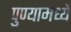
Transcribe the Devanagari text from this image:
पुण्यामध्यें